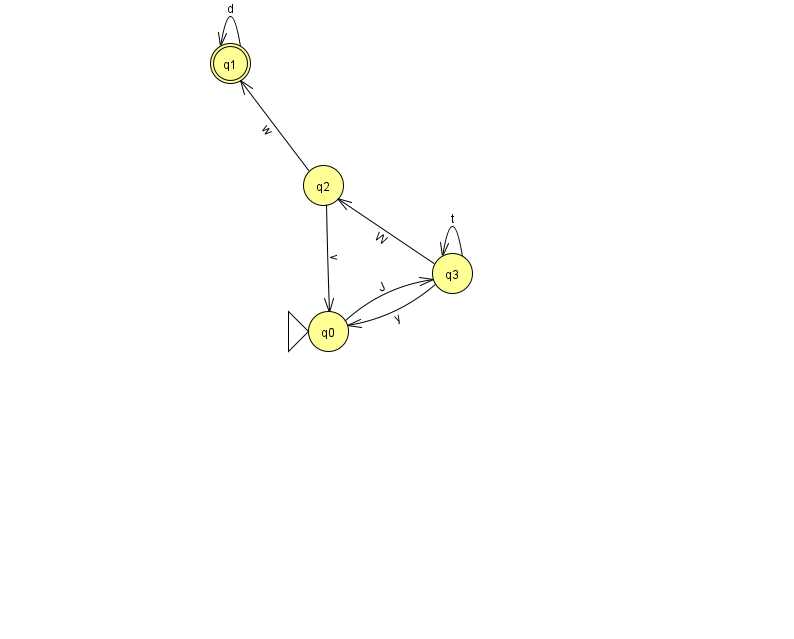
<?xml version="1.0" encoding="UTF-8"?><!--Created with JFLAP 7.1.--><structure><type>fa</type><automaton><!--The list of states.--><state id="0" name="q0"><x>328.0</x><y>318.0</y><initial/></state><state id="1" name="q1"><x>230.0</x><y>50.0</y><final/></state><state id="2" name="q2"><x>323.0</x><y>172.0</y></state><state id="3" name="q3"><x>452.0</x><y>260.0</y></state><!--The list of transitions.--><transition><from>2</from><to>0</to><read>v</read></transition><transition><from>2</from><to>1</to><read>w</read></transition><transition><from>3</from><to>2</to><read>W</read></transition><transition><from>1</from><to>1</to><read>d</read></transition><transition><from>3</from><to>3</to><read>t</read></transition><transition><from>3</from><to>0</to><read>y</read></transition><transition><from>0</from><to>3</to><read>J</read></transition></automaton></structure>